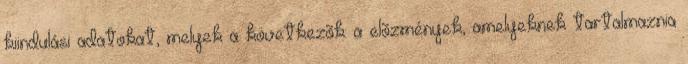
kiindulási adatokat, melyek a következõk: a elõzmények, amelyeknek tartalmaznia